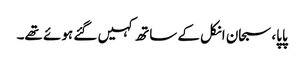
پاپا، سبحان انکل کے ساتھ کہیں گئے ہوئے تھے۔